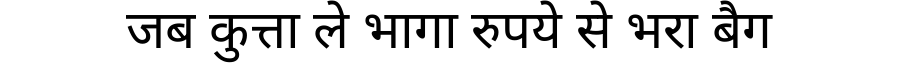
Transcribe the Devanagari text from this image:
जब कुत्ता ले भागा रुपये से भरा बैग